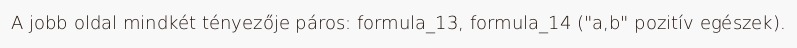
A jobb oldal mindkét tényezője páros: formula_13, formula_14 ("a,b" pozitív egészek).